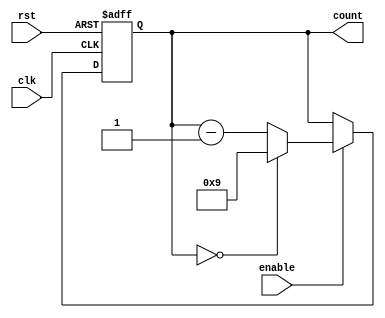
module BCD_Down_Counter_with_Enable(
    input wire clk,
    input wire rst,
    input wire enable,
    output reg [3:0] count
);

always @(posedge clk or posedge rst) begin
    if (rst) begin
        count <= 4'b1001;
    end else begin
        if (enable) begin
            if (count == 4'b0000) begin
                count <= 4'b1001;
            end else begin
                count <= count - 1;
            end
        end
    end
end

endmodule